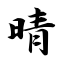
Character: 晴